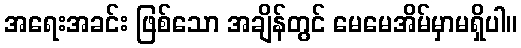
အရေးအခင်း ဖြစ်သော အချိန်တွင် မေမေအိမ်မှာမရှိပါ။